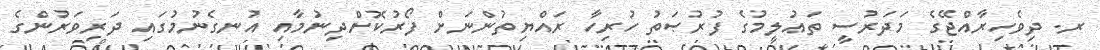
ރ. ދިވެހިރާއްޖޭގެ މަދަރުސީ ތަޢުލީމުގެ ފުރުޞަތު ހުރިހާ ރައްޔިތުންނަށް ފޯރުކޮށްދިނުމާއި އުނގެނުމުގައި ދަރިވަރުންގެ